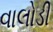
વાલોડી